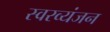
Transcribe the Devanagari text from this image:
स्वरव्यंजन